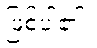
ဖြစ်ပါ၏။